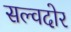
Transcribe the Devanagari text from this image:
सल्वदोर